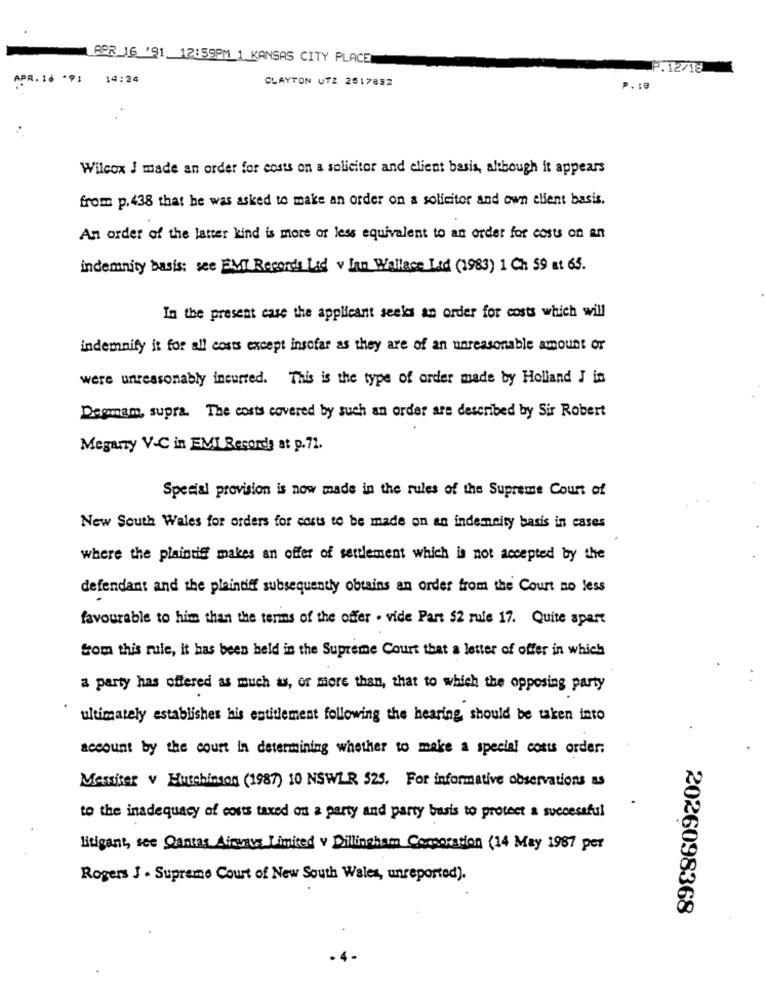
APR_16 '91 12:59PM_1_KANSAS CITY PLACE
.P. 12/18
APR. 10 .91
14:24
CLAYTON UTZ 2617852
P.18
Wilcox I made an order for costs on a solicitor and client basis, although it appears
from p. 438 that he was asked to make an order on a solicitor and own ellent basis.
An order of the latter kind is more or less equivalent to an order for costs on an
indemnity basis: see EMI Records Lid v Ian Wallace Lid (1983) 1 Ch $9 at 65.
In the present case the applicant seeks an order for costs which will
indemnify it for all costs except insofar as they are of an unreasonable amount or
were unreasonably incurred. This is the type of order made by Holland J is
Degmam, supra. The costs covered by such an order are described by Sir Robert
Megarzy V.C in EMI Records at p. 71.
Special provision is now made in the rules of the Supreme Court of
New South Wales for orders for costs to be made on an indemnity basis in cases
where the plaintiff makes an offer of settlement which is not accepted by the
defendant and the plaintiff subsequently obtains an order from the Court no less
favourable to him than the terms of the offer . vide Part 52 rule 17. Quite apart
from this rule, it has been held in the Supreme Court that a letter of offer in which
a party has offered as much as, or more than, that to which the opposing party
ultimately establishes his entitlement following the hearing should be taken into
account by the court in determining whether to make a special costs order;
Messiter v Hutchinson (1987) 10 NSWLR 525. For informative observations as
to the inadequacy of costs taxed on a party and party basis to protect a successful
litigant, see Qantas Airways Limited v Dilingham Corporation (14 May 1987 per
Rogers J - Supreme Court of New South Wales, unreported).
2026098368